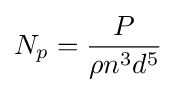
N_{p}={P \over \rho n^{3}d^{5}}